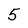
Character: 5